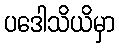
ပဒေါသိယိမှာ